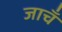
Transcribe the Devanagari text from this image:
जाचँ